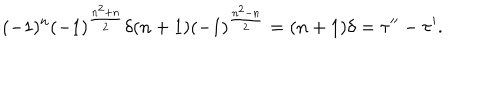
( - 1 ) ^ { n } ( - 1 ) ^ { \frac { n ^ { 2 } + n } { 2 } } \delta ( n + 1 ) ( - 1 ) ^ { \frac { n ^ { 2 } - n } { 2 } } = ( n + 1 ) \delta = \tau ^ { \prime \prime } - \tau ^ { \prime } .